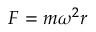
F = m \omega ^ { 2 } r